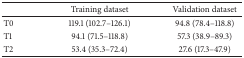
|  | Training dataset | Validation dataset |
 | --- | --- | --- |
 | T0 | 119.1 (102.7–126.1) | 94.8 (78.4–118.8) |
 | T1 | 94.1 (71.5–118.8) | 57.3 (38.9–89.3) |
 | T2 | 53.4 (35.3–72.4) | 27.6 (17.3–47.9) |